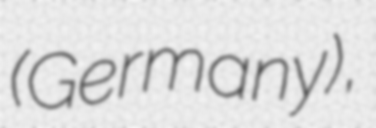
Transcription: (Germany),